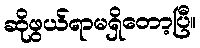
ဆိုဖွယ်ရာမရှိတော့ပြီ။